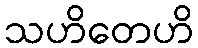
သဟိတေဟိ